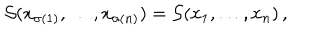
{ \cal S } ( x _ { \sigma ( 1 ) } , \dots , x _ { \sigma ( n ) } ) = { \cal S } ( x _ { 1 } , \dots , x _ { n } ) \, ,